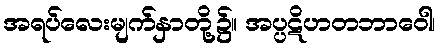
အရပ်လေးမျက်နှာတို့၌။ အပ္ပဋိဟတဘာဝေါ၊